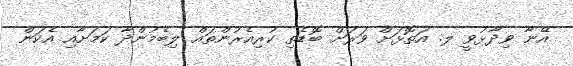
އޭނާ ވިދާޅުވީ ލ. އަތޮޅަށް ވަރަށް ބޮޑެތި ކުރިއެރުންތައް ލިބެމުންދާ ކަމަށާއި އެކަން